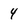
Character: 4